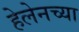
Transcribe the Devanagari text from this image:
हेलेनच्या